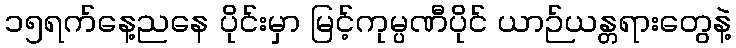
၁၅ရက်နေ့ညနေ ပိုင်းမှာ မြင့်ကုမ္ပဏီပိုင် ယာဉ်ယန္တရားတွေနဲ့